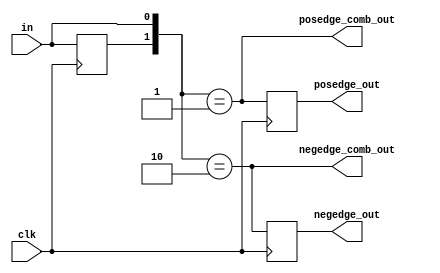
/*
Copyright 2011, The Regents of the University of California.
All rights reserved.

Redistribution and use in source and binary forms, with or without
modification, are permitted provided that the following conditions are met:

   1. Redistributions of source code must retain the above copyright notice,
      this list of conditions and the following disclaimer.

   2. Redistributions in binary form must reproduce the above copyright notice,
      this list of conditions and the following disclaimer in the documentation
      and/or other materials provided with the distribution.

THIS SOFTWARE IS PROVIDED BY THE REGENTS OF THE UNIVERSITY OF CALIFORNIA ''AS
IS'' AND ANY EXPRESS OR IMPLIED WARRANTIES, INCLUDING, BUT NOT LIMITED TO, THE
IMPLIED WARRANTIES OF MERCHANTABILITY AND FITNESS FOR A PARTICULAR PURPOSE ARE
DISCLAIMED. IN NO EVENT SHALL THE REGENTS OF THE UNIVERSITY OF CALIFORNIA OR
CONTRIBUTORS BE LIABLE FOR ANY DIRECT, INDIRECT, INCIDENTAL, SPECIAL,
EXEMPLARY, OR CONSEQUENTIAL DAMAGES (INCLUDING, BUT NOT LIMITED TO, PROCUREMENT
OF SUBSTITUTE GOODS OR SERVICES; LOSS OF USE, DATA, OR PROFITS; OR BUSINESS
INTERRUPTION) HOWEVER CAUSED AND ON ANY THEORY OF LIABILITY, WHETHER IN
CONTRACT, STRICT LIABILITY, OR TORT (INCLUDING NEGLIGENCE OR OTHERWISE) ARISING
IN ANY WAY OUT OF THE USE OF THIS SOFTWARE, EVEN IF ADVISED OF THE POSSIBILITY
OF SUCH DAMAGE.

The views and conclusions contained in the software and documentation are those
of the authors and should not be interpreted as representing official policies,
either expressed or implied, of The Regents of the University of California.
*/

// Language: Verilog 2001

`timescale 1 ns / 1 ps

/*
 * Detects positive and negative edges of a signal.
 */
module edge_detector (
    input clk,
    input in,
    output negedge_out,
    output negedge_comb_out,
    output posedge_out,
    output posedge_comb_out
);

////////////////////////////////////////////////////////////////////////////
// PARAMETERS AND CONSTANTS
////////////////////////////////////////////////////////////////////////////

////////////////////////////////////////////////////////////////////////////
// REGISTERS
////////////////////////////////////////////////////////////////////////////

reg in_reg = 1'b0;
reg negedge_reg = 1'b0;
reg posedge_reg = 1'b0;

////////////////////////////////////////////////////////////////////////////
// WIRES and WIRE REGS (wires that are assigned inside of an always block)
////////////////////////////////////////////////////////////////////////////

wire in_next = in;
wire negedge_next = ({in_reg,in} == 2'b10);
wire posedge_next = ({in_reg,in} == 2'b01);

////////////////////////////////////////////////////////////////////////////
// COMPONENT INSTANTIATIONS
////////////////////////////////////////////////////////////////////////////

////////////////////////////////////////////////////////////////////////////
// COMBINATIONAL ASSIGN STATEMENTS
////////////////////////////////////////////////////////////////////////////

assign negedge_out = negedge_reg;
assign negedge_comb_out = negedge_next;
assign posedge_out = posedge_reg;
assign posedge_comb_out = posedge_next;

////////////////////////////////////////////////////////////////////////////
// COMBINATIONAL ALWAYS STATEMENTS (always @* begin ... end)
////////////////////////////////////////////////////////////////////////////

////////////////////////////////////////////////////////////////////////////
// SEQUENTIAL ALWAYS STATEMENTS (always @(posedge clk) begin ... end)
////////////////////////////////////////////////////////////////////////////

always @(posedge clk) begin : sequential
    in_reg <= in_next;
    negedge_reg <= negedge_next;
    posedge_reg <= posedge_next;
end

endmodule